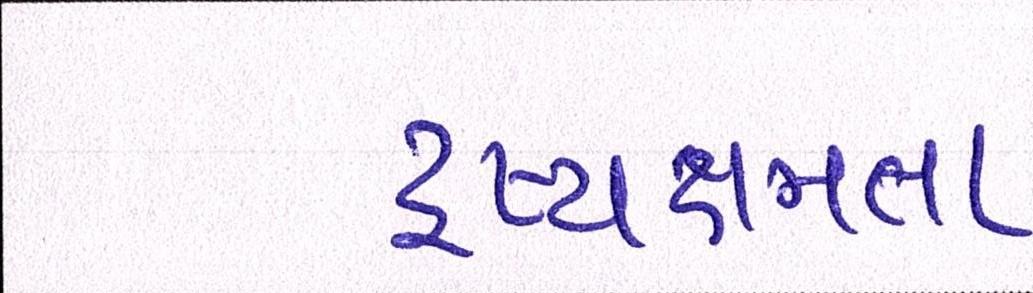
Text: દ્રષ્યક્ષમતા